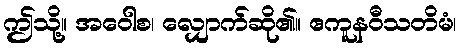
ဤသို့။ အဝေါစ၊ လျှောက်ဆို၏။ ဧကူနဝီသတိမံ၊